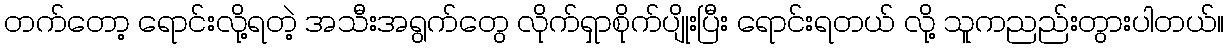
တက်တော့ ရောင်းလို့ရတဲ့ အသီးအရွက်တွေ လိုက်ရှာစိုက်ပျိုးပြီး ရောင်းရတယ် လို့ သူကညည်းတွားပါတယ်။